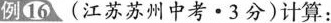
例16 (江苏苏州中考·3分)计算: